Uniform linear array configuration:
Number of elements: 16
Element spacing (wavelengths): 1
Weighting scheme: hamming
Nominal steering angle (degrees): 0
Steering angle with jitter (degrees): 0.5842
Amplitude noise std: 0.05
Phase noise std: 0.05

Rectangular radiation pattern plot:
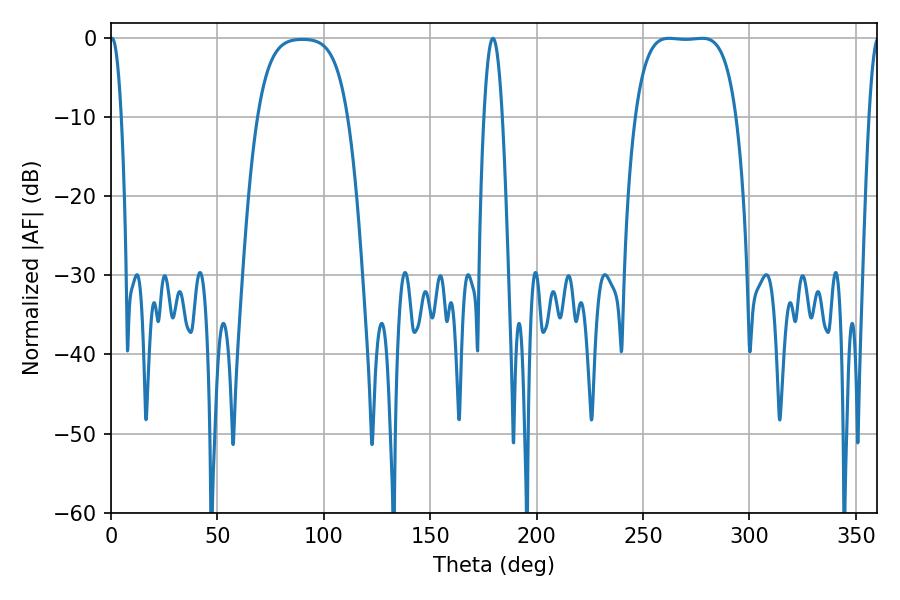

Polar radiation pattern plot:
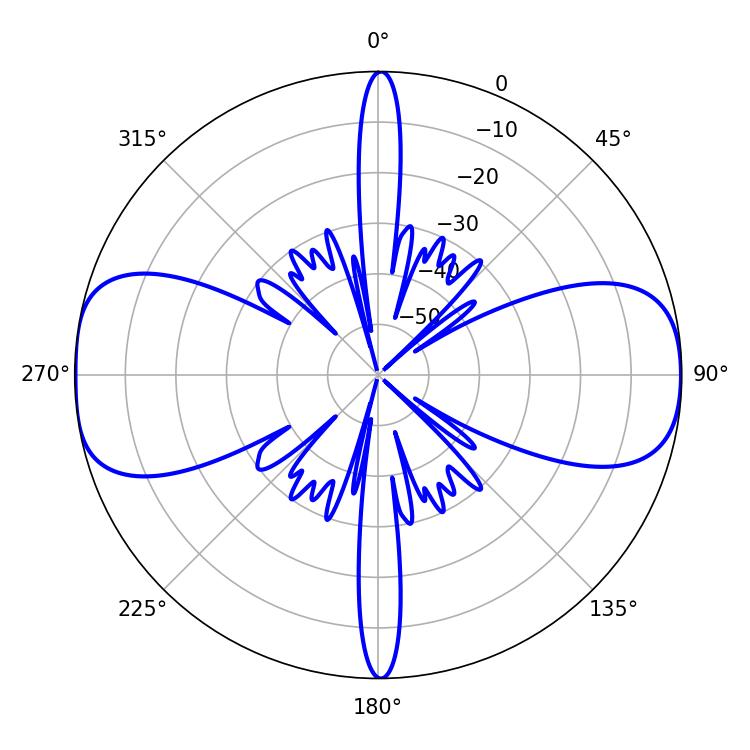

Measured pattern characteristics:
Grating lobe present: TRUE
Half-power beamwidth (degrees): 36.72
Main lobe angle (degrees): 262.26